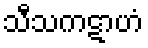
သီသကဋာဟံ